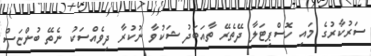
ސަރުކާރުގެ މައި ހޮސްޕިޓަލާ ދޭތެރޭ ތާއަބަދު ޝަކުވާ ނުކުރާ ދިވެއްސަކު ނެތޭ ބުންޏަސް